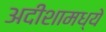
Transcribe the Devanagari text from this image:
अदीशामध्ये